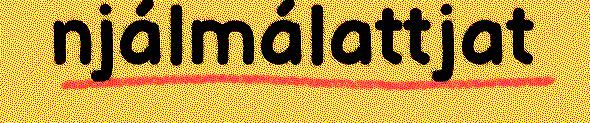
njálmálattjat